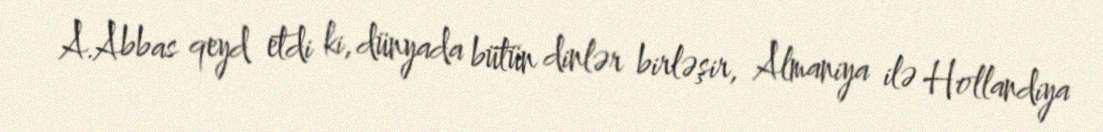
A.Abbas qeyd etdi ki, dünyada bütün dinlər birləşir, Almaniya ilə Hollandiya